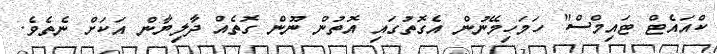
ކްއައެޓް ޓައިމްސް" ހަމަހިމޭނުން އެގޮތުގައި އޮތުން ނޫން ގޮތެއް ދާލިޔާން އަކަށް ނެތެވެ.